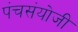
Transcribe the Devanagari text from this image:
पंचसंयोजी